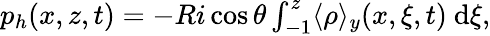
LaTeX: \begin{array}{r}{p_{h}(x,z,t)=-Ri\cos{\theta}\int_{-1}^{z}\langle\rho\rangle_{y}(x,\xi,t)\ \textrm{d}\xi,}\end{array}